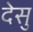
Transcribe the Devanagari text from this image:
देसु